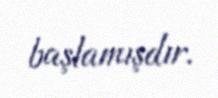
başlamışdır.